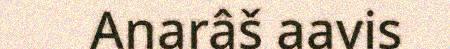
Anarâš aavis